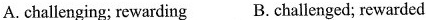
A. challenging; rewarding B.Challenged; rewarded